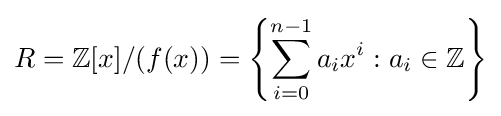
R=\mathbb {Z} [x]/(f(x))=\left\{\sum _{i=0}^{n-1}a_{i}x^{i}:a_{i}\in \mathbb {Z} \right\}